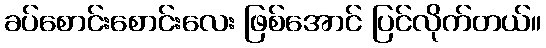
ခပ်စောင်းစောင်းလေး ဖြစ်အောင် ပြင်လိုက်တယ်။